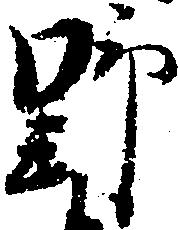
野